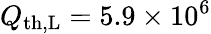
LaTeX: Q_{\mathrm{th,L}}=5.9\times 10^{6}